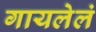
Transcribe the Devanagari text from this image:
गायलेलं